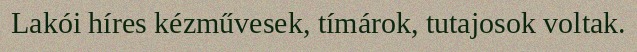
Lakói híres kézművesek, tímárok, tutajosok voltak.